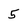
Character: 5